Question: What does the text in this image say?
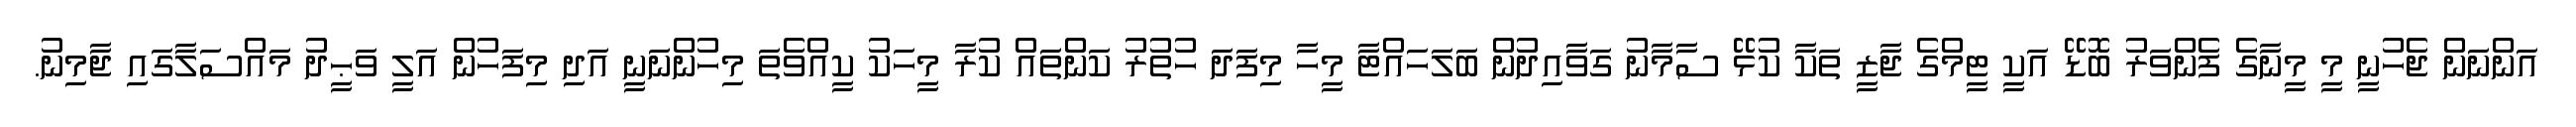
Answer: އަންނަން ޖެހުނީ މީ މީނާގެ ފެންވަރު ބޮޑޭ އަކީ ޓީމްގެ ޖާޒީ ތަކާ ކުޅޭ ސާމާނު ގަވާއިދުން ބަލަހައްޓާ މީހާ މިފަދަ ހުތުރު ކަންތައް ކުރާ މީހަކު ކީއްވެތަ މިހުންނަނީ އަދި މިފަހުން އަލީ ވަޙީދު މައްސަލާގައި ޖާމިނު.